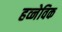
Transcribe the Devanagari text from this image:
हव्नेविक